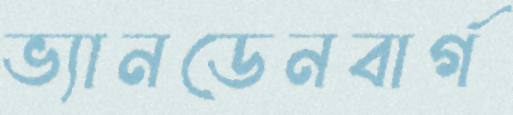
ভ্যানডেনবার্গ